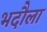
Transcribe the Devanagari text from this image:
भदौला